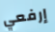
إرفعي